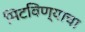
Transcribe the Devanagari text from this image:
मिटविण्याचा